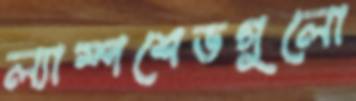
ল্যাম্পশেডগুলো